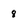
Character: 8